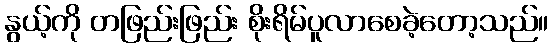
နွယ့်ကို တဖြည်းဖြည်း စိုးရိမ်ပူလာစေခဲ့တော့သည်။